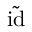
\tilde { \mathrm { i d } }